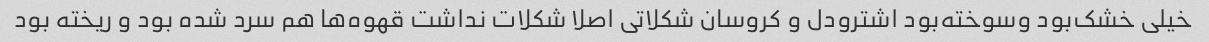
خیلی خشک‌بود و‌سوخته‌بود اشترودل و کروسان شکلاتی اصلا شکلات نداشت قهوه‌ها هم سرد شده بود و ریخته بود